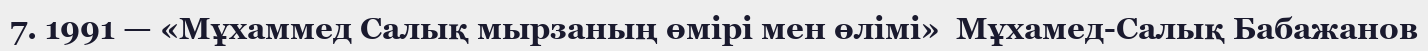
7. 1991 — «Мұхаммед Салық мырзаның өмірі мен өлімі»  Мұхамед-Салық Бабажанов